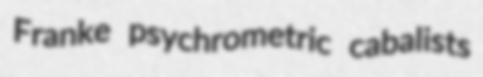
Franke psychrometric cabalists